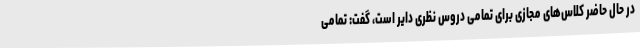
در حال حاضر کلاس‌های مجازی برای تمامی دروس نظری دایر است، گفت: تمامی